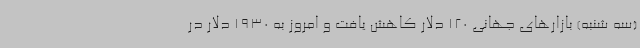
(سه شنبه) بازارهای جهانی 120 دلار کاهش یافت و امروز به 1930 دلار در